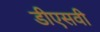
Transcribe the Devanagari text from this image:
डीएसवी